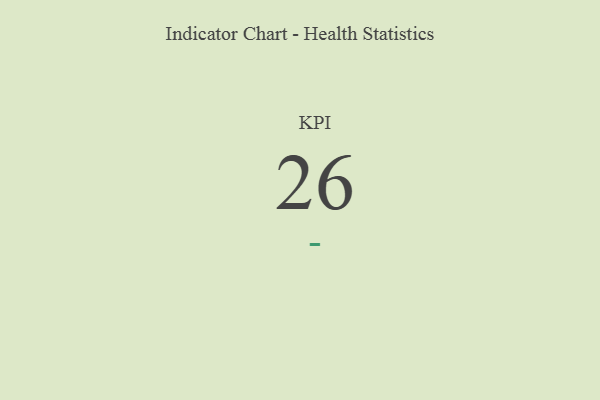
{"axis": {"x": "KPI", "y": "Value"}, "legend": [""], "data": [{"x": "KPI", "y": 26, "type": ""}]}